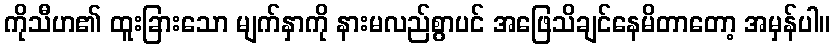
ကိုသီဟ၏ ထူးခြားသော မျက်နှာကို နားမလည်စွာပင် အဖြေသိချင်နေမိတာတော့ အမှန်ပါ။